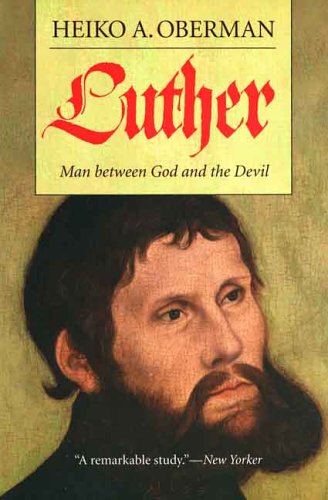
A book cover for Luther: Man Between God and the Devil; Heiko A. Oberman; Christian Books & Bibles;